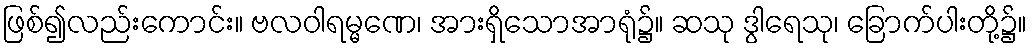
ဖြစ်၍လည်းကောင်း။ ဗလဝါရမ္မဏေ၊ အားရှိသောအာရုံ၌။ ဆသု ဒွါရေသု၊ ခြောက်ပါးတို့၌။